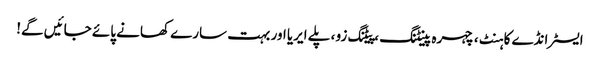
ایسٹر انڈے کا ہنٹ ، چہرہ پینٹنگ ، پیٹنگ زو ، پلے ایریا اور بہت سارے کھانے پائے جائیں گے!